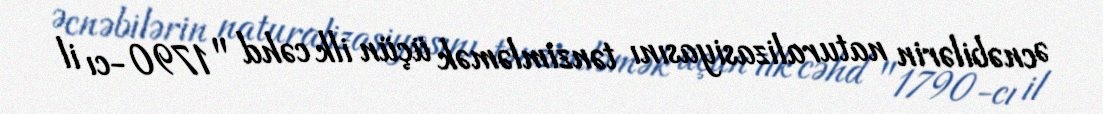
Əcnəbilərin naturalizasiyasını tənzimləmək üçün ilk cəhd "1790-cı il